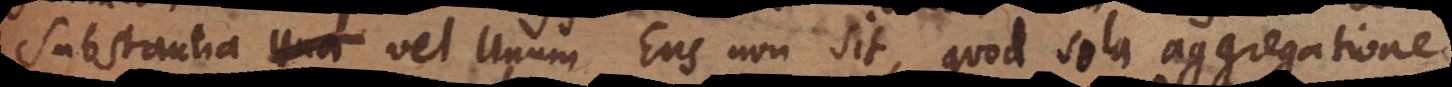
substantia vel Unum Ens non sit, quod sola aggregatione